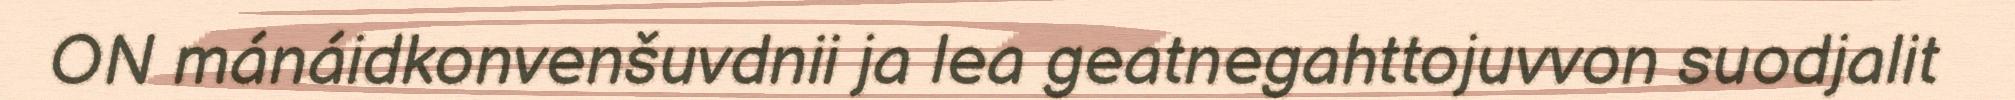
ON mánáidkonvenšuvdnii ja lea geatnegahttojuvvon suodjalit